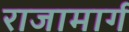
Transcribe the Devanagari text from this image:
राजामार्ग